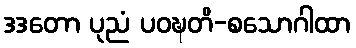
ဒဒတော ပုညံ ပဝဍ္ဎတိ-စသောဂါထာ